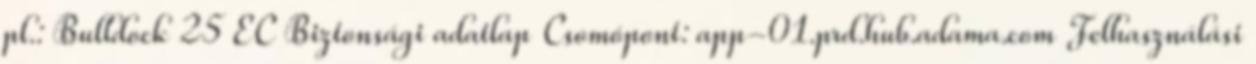
pl.: Bulldock 25 EC Biztonsági adatlap Csomópont: app-01.prd.hub.adama.com Felhasználási